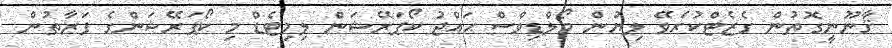
ޤާނޫނީގޮތުން ގެޒެޓްކުރެވޭ ލިޔުން މޯލްޑިވްސް ޙައްޖު ކޯޕަރޭޝަން ލިމިޓެޑް މި ކޯޕަރޭޝަންގެ ފަރާތުން